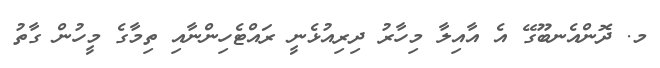
މ. ދޮންއެނބޫގޭ އެ އާއިލާ މިހާރު ދިރިއުޅެނީ ރައްޓެހިންނާއި ތިމާގެ މީހުން ގާތު